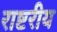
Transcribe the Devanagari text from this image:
राष्टरीय